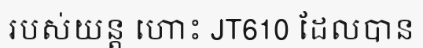
របស់យន្ត ហោះ JT610 ដែលបាន